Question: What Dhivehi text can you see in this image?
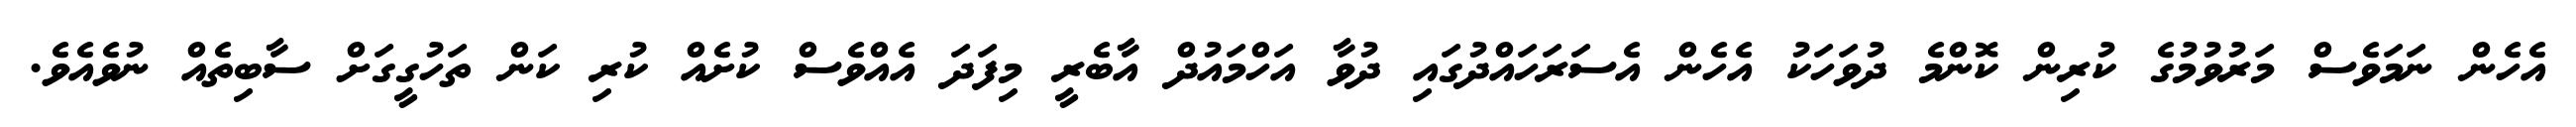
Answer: އެހެން ނަމަވެސް މަރުވުމުގެ ކުރިން ކޮންމެ ދުވަހަކު އެހެން އެސަރަހައްދުގައި ދުވާ އަހްމައުދް އާބެރީ މިފަދަ އެއްވެސް ކުށެއް ކުރި ކަން ތަހުގީގަށް ސާބިތެއް ނުވެއެވެ.